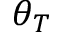
\theta _ { T }